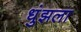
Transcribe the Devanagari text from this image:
धुंझला